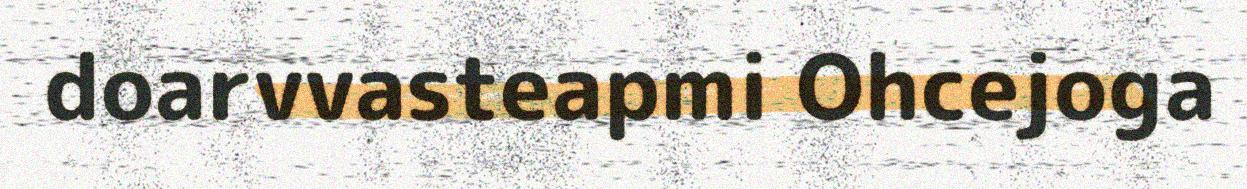
doarvvasteapmi Ohcejoga